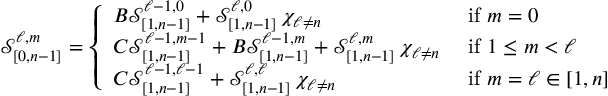
\mathcal { S } _ { [ 0 , n - 1 ] } ^ { \ell , m } = \left\{ \begin{array} { l l } { B \mathcal { S } _ { [ 1 , n - 1 ] } ^ { \ell - 1 , 0 } + \mathcal { S } _ { [ 1 , n - 1 ] } ^ { \ell , 0 } \, \chi _ { \ell \neq n } } & { \mathrm { ~ i f ~ } m = 0 } \\ { C \mathcal { S } _ { [ 1 , n - 1 ] } ^ { \ell - 1 , m - 1 } + B \mathcal { S } _ { [ 1 , n - 1 ] } ^ { \ell - 1 , m } + \mathcal { S } _ { [ 1 , n - 1 ] } ^ { \ell , m } \, \chi _ { \ell \neq n } } & { \mathrm { ~ i f ~ } 1 \leq m < \ell } \\ { C \mathcal { S } _ { [ 1 , n - 1 ] } ^ { \ell - 1 , \ell - 1 } + \mathcal { S } _ { [ 1 , n - 1 ] } ^ { \ell , \ell } \, \chi _ { \ell \neq n } } & { \mathrm { ~ i f ~ } m = \ell \in [ 1 , n ] } \end{array} \right.